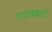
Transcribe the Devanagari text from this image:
गाटवकाटे